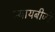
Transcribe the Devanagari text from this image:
न्यायबीजों